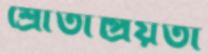
শ্রোতাপ্রিয়তা